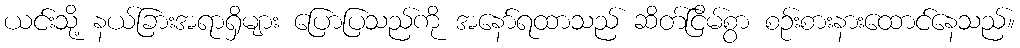
ယင်းသို့ နယ်ခြားအရာရှိများ ပြောပြသည်ကို အနော်ရထာသည် ဆိတ်ငြိမ်စွာ စဉ်းစားနားထောင်နေသည်။